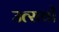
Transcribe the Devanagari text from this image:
उत्‍सवों